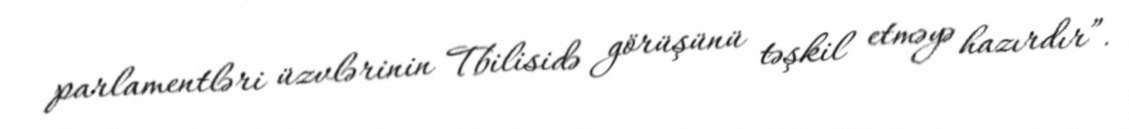
parlamentləri üzvlərinin Tbilisidə görüşünü təşkil etməyə hazırdır”.